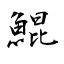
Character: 鯤